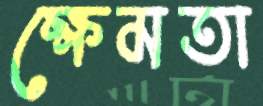
ক্ষেমতা